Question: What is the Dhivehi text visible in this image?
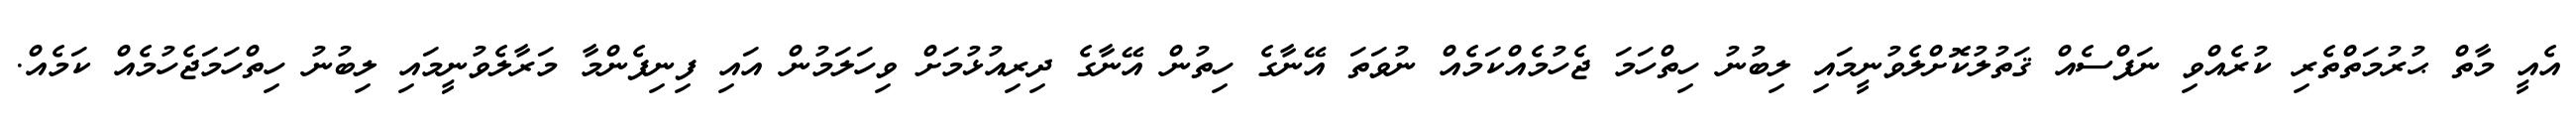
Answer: އެއީ މާތް ޙުރުމަތްތެރި ކުރެއްވި ނަފްސެއް ޤަތުލުކޮށްލެވުނީމައި ލިބުނު ހިތްހަމަ ޖެހުމެއްކަމެއް ނުވަތަ އޭނާގެ ހިތުން އޭނާގެ ދިރިއުޅުމަށް ވިހަލަމުން އައި ފިނިފެންމާ މަރާލެވުނީމައި ލިބުނު ހިތްހަމަޖެހުމެއް ކަމެއް.